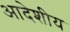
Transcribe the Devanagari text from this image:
आदेशीय